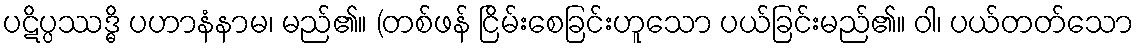
ပဋိပ္ပဿဒ္ဓိ ပဟာနံနာမ၊ မည်၏။ (တစ်ဖန် ငြိမ်းစေခြင်းဟူသော ပယ်ခြင်းမည်၏။ ဝါ၊ ပယ်တတ်သော